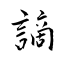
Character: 謫